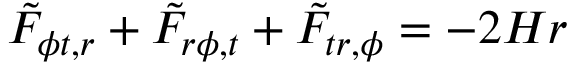
{ \tilde { F } } _ { \phi t , r } + { \tilde { F } } _ { r \phi , t } + { \tilde { F } } _ { t r , \phi } = - 2 H r